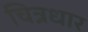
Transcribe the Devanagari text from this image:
चित्रधार